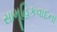
સામૂહિકવાદના